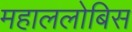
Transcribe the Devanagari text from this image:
महाललोबिस